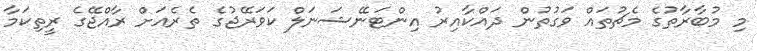
މި މުބާރާތުގެ މެޗުތައް ވަގުތުން ދައްކާއިރު އިންޓަނޭޝަނަލް ކަވަރޭޖުގެ ތެރެއަށް ރާއްޖޭގެ ރީތިކަމާ